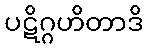
ပဋိဂ္ဂဟိတာဒိ